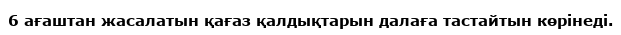
6 ағаштан жасалатын қағаз қалдықтарын далаға тастайтын көрінеді.